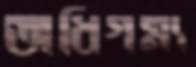
অধিগম্য